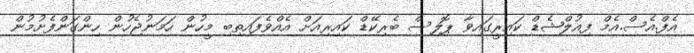
އެފް.އެސް.އެމް ފިއުލްޝެޑް ކައިރީގައިވާ ޕޮލިސް ބެރިކޭޑް ކައިރިއަށް އެއްވެފައިތިބި މީހުން ހަމަނުޖެހުން ހިންގަންފެށުމުން